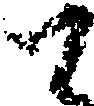
て